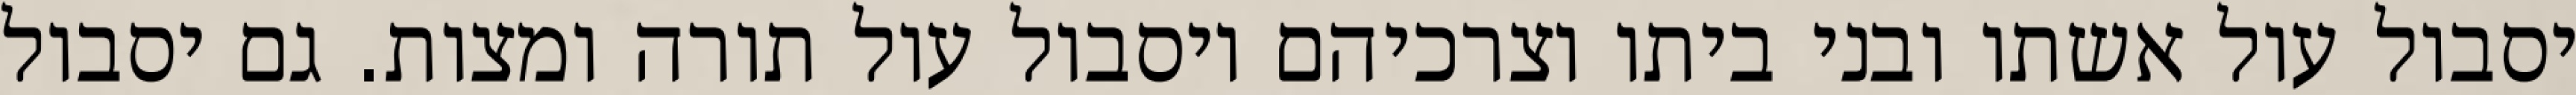
יסבול עול אשתו ובני ביתו וצרכיהם ויסבול עול תורה ומצות. גם יסבול